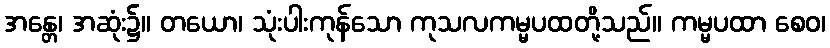
အန္တေ၊ အဆုံး၌။ တယော၊ သုံးပါးကုန်သော ကုသလကမ္မပထတို့သည်။ ကမ္မပထာ စေဝ၊